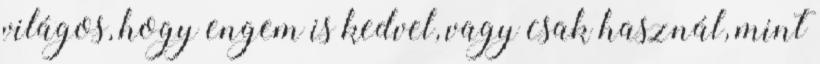
világos, hogy engem is kedvel, vagy csak használ, mint